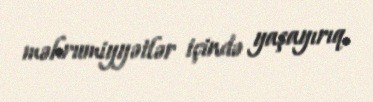
məhrumiyyətlər içində yaşayırıq.